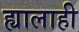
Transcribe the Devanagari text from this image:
ह्यालाही